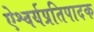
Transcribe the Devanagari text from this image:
ऐश्वर्यप्रतिपादक